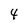
Character: 4